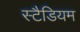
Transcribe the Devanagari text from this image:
स्टैडियम